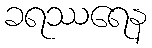
ခရဿရေန